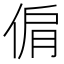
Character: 𠊘